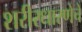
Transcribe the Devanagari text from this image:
शरीरधारणेचे